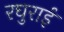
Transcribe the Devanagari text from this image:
रघुराई